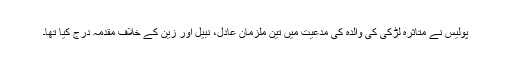
پولیس نے مُتاثرہ لڑکی کی والدہ کی مدعیت میں تین ملزمان عادل، نبیل اور زین کے خلاف مقدمہ درج کیا تھا۔